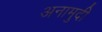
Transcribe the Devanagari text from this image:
अनामुदी